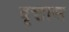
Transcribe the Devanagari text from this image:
वृत्तास